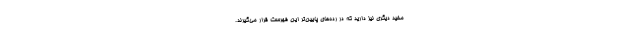
مفید دیگری نیز دارید که در رده‌های پایین‌ترِ این فهرست قرار می‌گیرند.